Report on the working of the mental hospitals for Indians in Bihar and Orissa - 1925-1929
Year: 1925
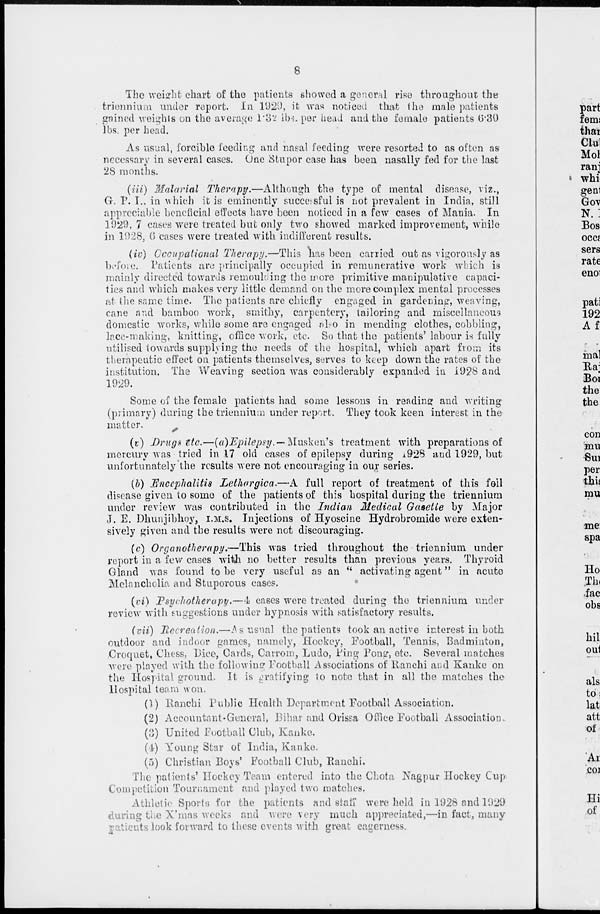
8
The weight chart of the patients showed a general rise throughout the
triennium under report. In 1929, it was noticed that the male patients
gained weights on the average 1.32 lbs. per head and the female patients 6.30
lbs. per head.
As usual, forcible feeding and nasal feeding were resorted to as often as
necessary in several cases. One Stupor case has been nasally fed for the last
28 months.
(iii) Malarial Therapy.—Although the type of mental disease, viz.,
G. P. I., in which it is eminently successful is not prevalent in India, still
appreciable beneficial effects have been noticed in a few cases of Mania. In
1929, 7 cases were treated but only two showed marked improvement, while
in 1928, 6 cases were treated with indifferent results.
(iv) Occupational Therapy.—This has been carried out as vigorously as
before. Patients are principally occupied in remunerative work which is
mainly directed towards remoulding the more primitive manipulative capaci-
ties and which makes very little demand on the more complex mental processes
at the same time. The patients are chiefly engaged in gardening, weaving,
cane and bamboo work, smithy, carpentery, tailoring and miscellaneous
domestic works, while some are engaged also in mending clothes, cobbling,
lace-making, knitting, office work, etc. So that the patients' labour is fully
utilised towards supplying the needs of the hospital, which apart from its
therapeutic effect on patients themselves, serves to keep down the rates of the
institution. The Weaving section was considerably expanded in 1928 and
1929.
Some of the female patients had some lessons in reading and writing
(primary) during the triennium under report. They took keen interest in the
matter.
(v) Drugs etc.—(a)Epilepsy.-Musken's treatment with preparations of
mercury was tried in 17 old cases of epilepsy during 1928 and 1929, but
unfortunately the results were not encouraging in our series.
(b) Encephalitis Lethargica.—A full report of treatment of this fell
disease given to some of the patients of this hospital during the triennium
under review was contributed in the Indian Medical Gasette by Major
J. E. Dhunjibhoy, I.M.S. Injections of Hyoscine Hydrobromide were exten-
sively given and the results were not discouraging.
(c) Organotherapy.—This was tried throughout the triennium under
report in a few cases with no better results than previous years. Thyroid
Gland was found to be very useful as an " activating agent" in acute
Melancholia and Stuporous cases.
(vi) Psychotherapy.—4 cases were treated during the triennium under
review with suggestions under hypnosis with satisfactory results.
(vii) Recreation.—.As usual the patients took an active interest in both
outdoor and indoor games, namely, Hockey, Football, Tennis, Badminton,
Croquet, Chess, Dice, Cards, Carrom, Ludo, Ping Pong, etc. Several matches
were played with the following Football Associations of Ranchi and Kanke on
the Hospital ground. It is gratifying to note that in all the matches the
Hospital team won.
(1) Ranchi Public Health Department Football Association.
(2) Accountant-General, Bihar and Orissa Office Football Association-
(3) United Football Club, Kanke.
(4) Young Star of India, Kanke.
(5) Christian Boys' Football Club, Ranchi.
The patients' Hockey Team entered into the Chota Nagpur Hockey Cup
Competition Tournament and played two matches.
Athletic Sports for the patients and staff were held in 1928 and 1929
during the X'mas weeks and were very much appreciated,—in fact, many
patients look forward to these events with great eagerness.